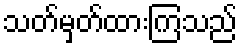
သတ်မှတ်ထားကြသည်